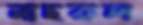
নাছরুল